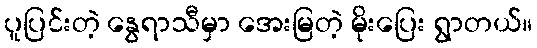
ပူပြင်းတဲ့ နွေရာသီမှာ အေးမြတဲ့ မိုးပြေး ရွာတယ်။